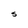
Character: S